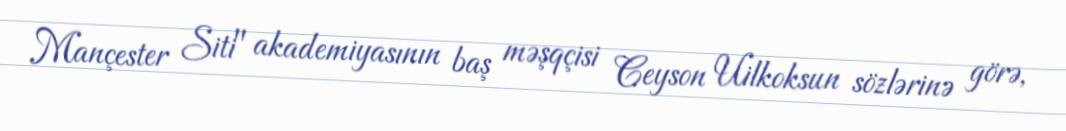
Mançester Siti" akademiyasının baş məşqçisi Ceyson Uilkoksun sözlərinə görə,